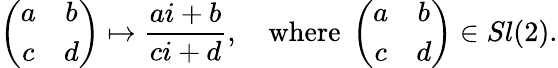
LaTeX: \left(\begin{array}{cc}{{a}}&{{b}}\\ {{c}}&{{d}}\end{array}\right)\mapsto\frac{ai+b}{ci+d},\quad\mathrm{where\ }\left(\begin{array}{cc}{{a}}&{{b}}\\ {{c}}&{{d}}\end{array}\right)\in Sl(2).